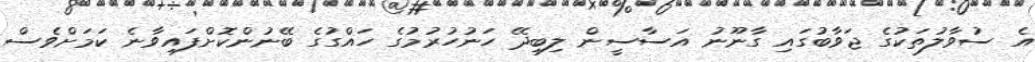
އެ ސުވާލުތަކުގެ ޖަވާބުގައި ގާނޫނު އަސާސީން ލިބިދޭ ހަނުހުރުމުގެ ހައްގުގެ ބޭނުންކޮށްފައިވާނެ ކަމަށްވެސް